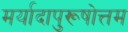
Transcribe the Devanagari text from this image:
मर्यादापुरूषोत्तम